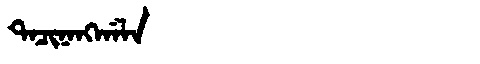
Manchu: ᡨᠠᠴᡳᠨᠠᠩᡤᠠᠯᠠ
Romanization: TACINANGGALA